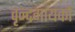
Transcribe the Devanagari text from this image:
वृन्दगायकों